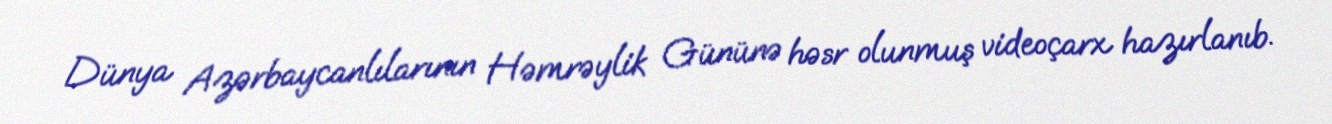
Dünya Azərbaycanlılarının Həmrəylik Gününə həsr olunmuş videoçarx hazırlanıb.